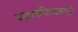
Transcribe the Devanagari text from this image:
स्ट्राईककरने